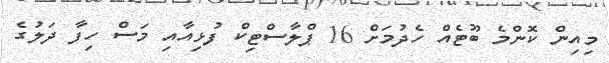
މިއިން ކޮންމެ ބޫޓެއް ހެދުމަށް 16 ޕްލާސްޓިކް ފުޅިއާއި މަސް ހިފާ ދަލުގެ